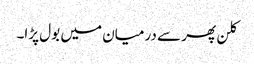
کلن پھر سے درمیان میں بول پڑا۔